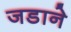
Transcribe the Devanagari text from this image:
जडाने